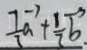
\frac { 7 } { 3 } \overrightarrow { a } + \frac { 1 } { 3 } \overrightarrow { b } _ { \cdot }